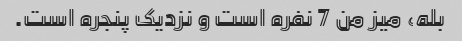
بله، میز من 7 نفره است و نزدیک پنجره است.